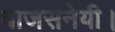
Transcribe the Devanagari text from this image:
वाजसनेयी।